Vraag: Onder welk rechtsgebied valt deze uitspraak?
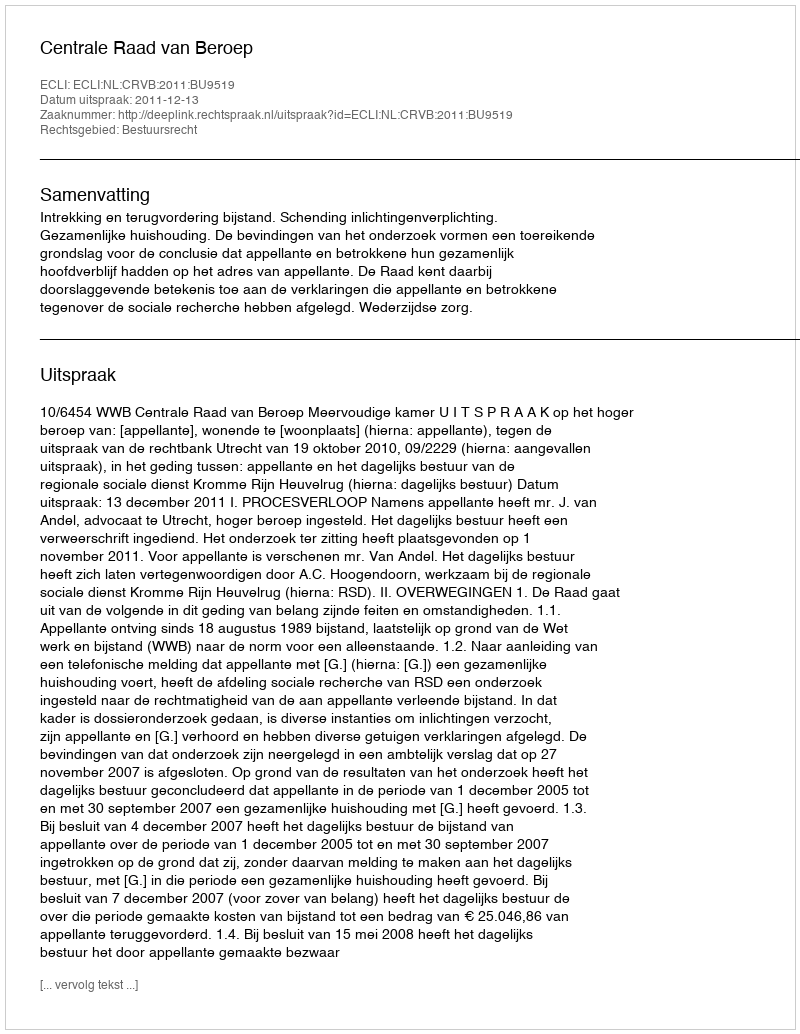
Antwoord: Bestuursrecht